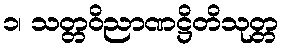
၁၊ သတ္တဝိညာဏဋ္ဌိတိသုတ္တ